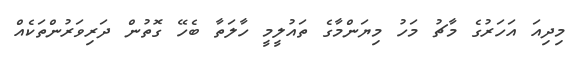
މިދިއަ އަހަރުގެ މާޗު މަހު މިޔަންމާގެ ތައުލީމީ ހާލަތާ ބެހޭ ގޮތުން ދަރިވަރުންތަކެއް